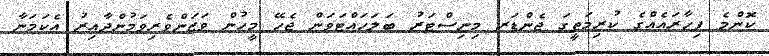
ކޮންމެ ފިހާރައެއްގެ ކުރިމަތީގަ ޖެންޑަރ މިނިސްޓަރު ބަލަހައްޓަވަން ޖެހޭ މީހުން ވަޒަންވެރިވަމުންދާއިރު އެކަމަނާ